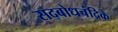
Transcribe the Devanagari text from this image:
सद्बोधचंद्रिके